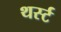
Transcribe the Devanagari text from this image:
थर्स्ट